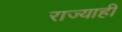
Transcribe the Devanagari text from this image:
राज्याही